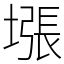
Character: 㙣